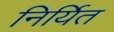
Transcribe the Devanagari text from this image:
निर्यित